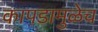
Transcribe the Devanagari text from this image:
कापडामुळेच